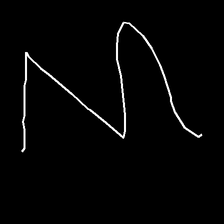
Glyph: crush